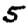
Digit: 5